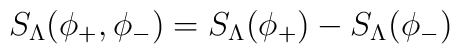
S_{\Lambda}(\phi_+,\phi_-) = S_{\Lambda}(\phi_+) - S_{\Lambda}(\phi_-)